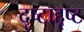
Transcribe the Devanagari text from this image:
दृष्टाद्दृष्ट